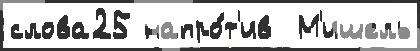
слова25 напро́т'ив  М'ишель